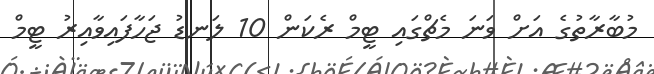
މުބާރާތުގެ އަށް ވަނަ މެޗްގައި ޓީމް ރެކަން 10 ލަނޑު ޖަހާފައިވާއިރު ޓީމް